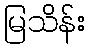
မြသိန်း